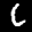
Label: 6